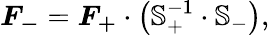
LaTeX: \boldsymbol{F_{-}}=\boldsymbol{F_{+}}\cdot\left(\mathbb{S}_{+}^{-1}\cdot\mathbb{S}_{-}\right),